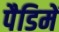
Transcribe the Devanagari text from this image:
पैडिमें